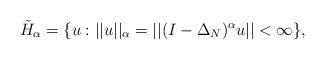
LaTeX: \begin{align*}\tilde H_{\alpha}= \{ u : ||u||_{\alpha} =||(I-\Delta_N)^{\alpha} u|| < \infty \},\end{align*}